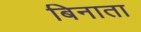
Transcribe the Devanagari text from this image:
बिनाता